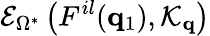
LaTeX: \mathcal{E}_{\Omega^{*}}\left(F^{il}(\mathbf{q}_{1}),\mathcal{K}_{\mathbf{q}}\right)